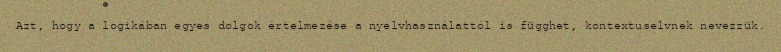
Azt, hogy a logikában egyes dolgok értelmezése a nyelvhasználattól is függhet, kontextuselvnek nevezzük.